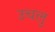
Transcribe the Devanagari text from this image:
उचलु